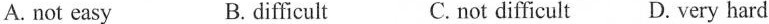
A.not easy B.difficult C.not difficult D.Very hard